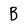
Character: B